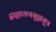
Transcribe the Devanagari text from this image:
द्राह्यायणगृह्यसूत्र